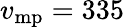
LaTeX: v_{\mathrm{mp}}=335